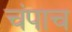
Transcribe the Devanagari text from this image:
चंपाच